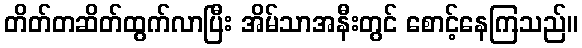
တိတ်တဆိတ်ထွက်လာပြီး အိမ်သာအနီးတွင် စောင့်နေကြသည်။